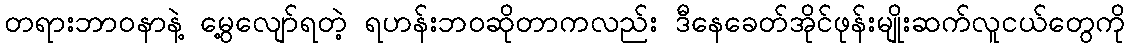
တရားဘာဝနာနဲ့ မွေ့လျော်ရတဲ့ ရဟန်းဘဝဆိုတာကလည်း ဒီနေခေတ်အိုင်ဖုန်းမျိုးဆက်လူငယ်တွေကို